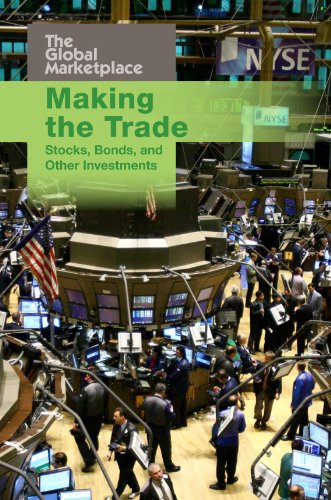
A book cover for Making the Trade: Stocks, Bonds, and Other Investments (The Global Marketplace); Aaron Healy; Children's Books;